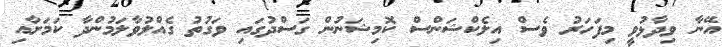
އޭނާ ވިދާޅުވީ މިފަހަރު ވެސް އިލެކްޝަންސް ކޮމިޝަނުން ގަސްދުގައި ވަގުތު ގެއްލުވާލަމުންދާ ކަމަށާއި